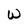
Character: W